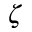
\zeta